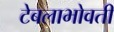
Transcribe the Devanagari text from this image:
टेबलाभोवती